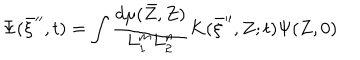
LaTeX: \Psi ( \bar { \xi } ^ { \prime \prime } , t ) = \int \frac { d \mu ( \bar { Z } , Z ) } { L _ { 1 } ^ { m } L _ { 2 } ^ { n } } K ( \bar { \xi } ^ { \prime \prime } , Z ; t ) \Psi ( Z , 0 )